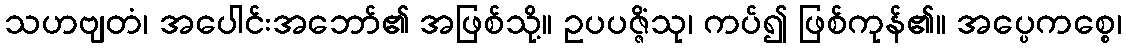
သဟဗျတံ၊ အပေါင်းအဘော်၏ အဖြစ်သို့။ ဥပပဇ္ဇိံသု၊ ကပ်၍ ဖြစ်ကုန်၏။ အပ္ပေကစ္စေ၊